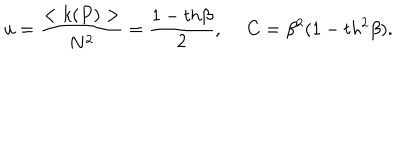
LaTeX: u = \frac { < k ( P ) > } { N ^ { 2 } } = \frac { 1 - t h \beta } { 2 } , ~ ~ C = \beta ^ { 2 } ( 1 - t h ^ { 2 } \beta ) .